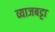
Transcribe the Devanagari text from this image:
व्याजबट्टा